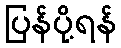
ပြန်ပို့ရန်